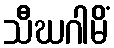
သီဃဂါမိံ